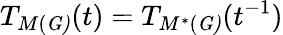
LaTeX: T_{M(\mathit{G)}}(t)=T_{M^{\ast}(\mathit{G)}}(t^{-1})